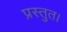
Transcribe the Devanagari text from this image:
प्रस्तुत।